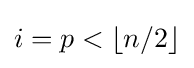
i=p<\lfloor n/2\rfloor